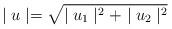
LaTeX: \begin{align*}\mid u \mid = \sqrt{\mid u_{1}\mid^{2} + \mid u_{2}\mid^{2}} \end{align*}